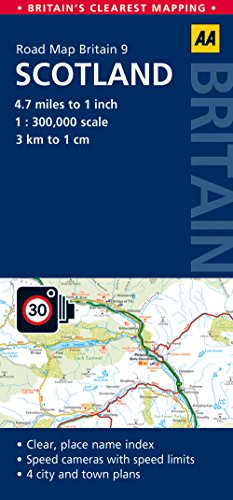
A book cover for Scotland Road Map (Aa Road Map Britain); AA Publishing; Travel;